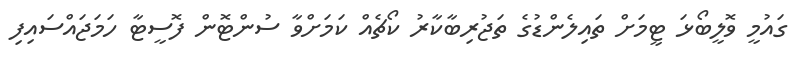
ގައުމީ ވޮލީބޯޅަ ޓީމަށް ތައިލެންޑުގެ ތަޖުރިބާކާރު ކޯޗެއް ކަމަށްވާ ސުންޓޮން ފޮސީޓާ ހަމަޖައްސައިފި